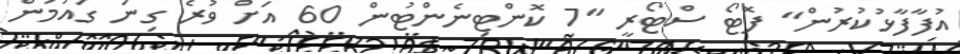
އުފާފާޅުކުރުން" ފޮޓޯ ސްޓޯރީ "7 ކޮންޓިނެންޓުން 60 އަށް ވުރެ ގިނަ ގައުމުން